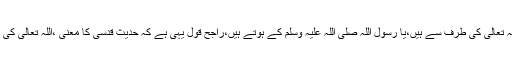
اس بارہ میں علماء کی مختلف آراء ہیںکہ حدیثِ قدسی کے الفاظ اللہ تعالیٰ کی طرف سے ہیں،یا رسول اللہ صلی اللہ علیہ وسلم کے ہوتے ہیں،راجح قول یہی ہے کہ حدیثِ قدسی کا معنی ،اللہ تعالیٰ کی طرف سے ،اورالفاظ رسول اللہ صلی اللہ علیہ وسلم کے ہوتے ہیں۔